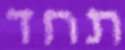
תחד